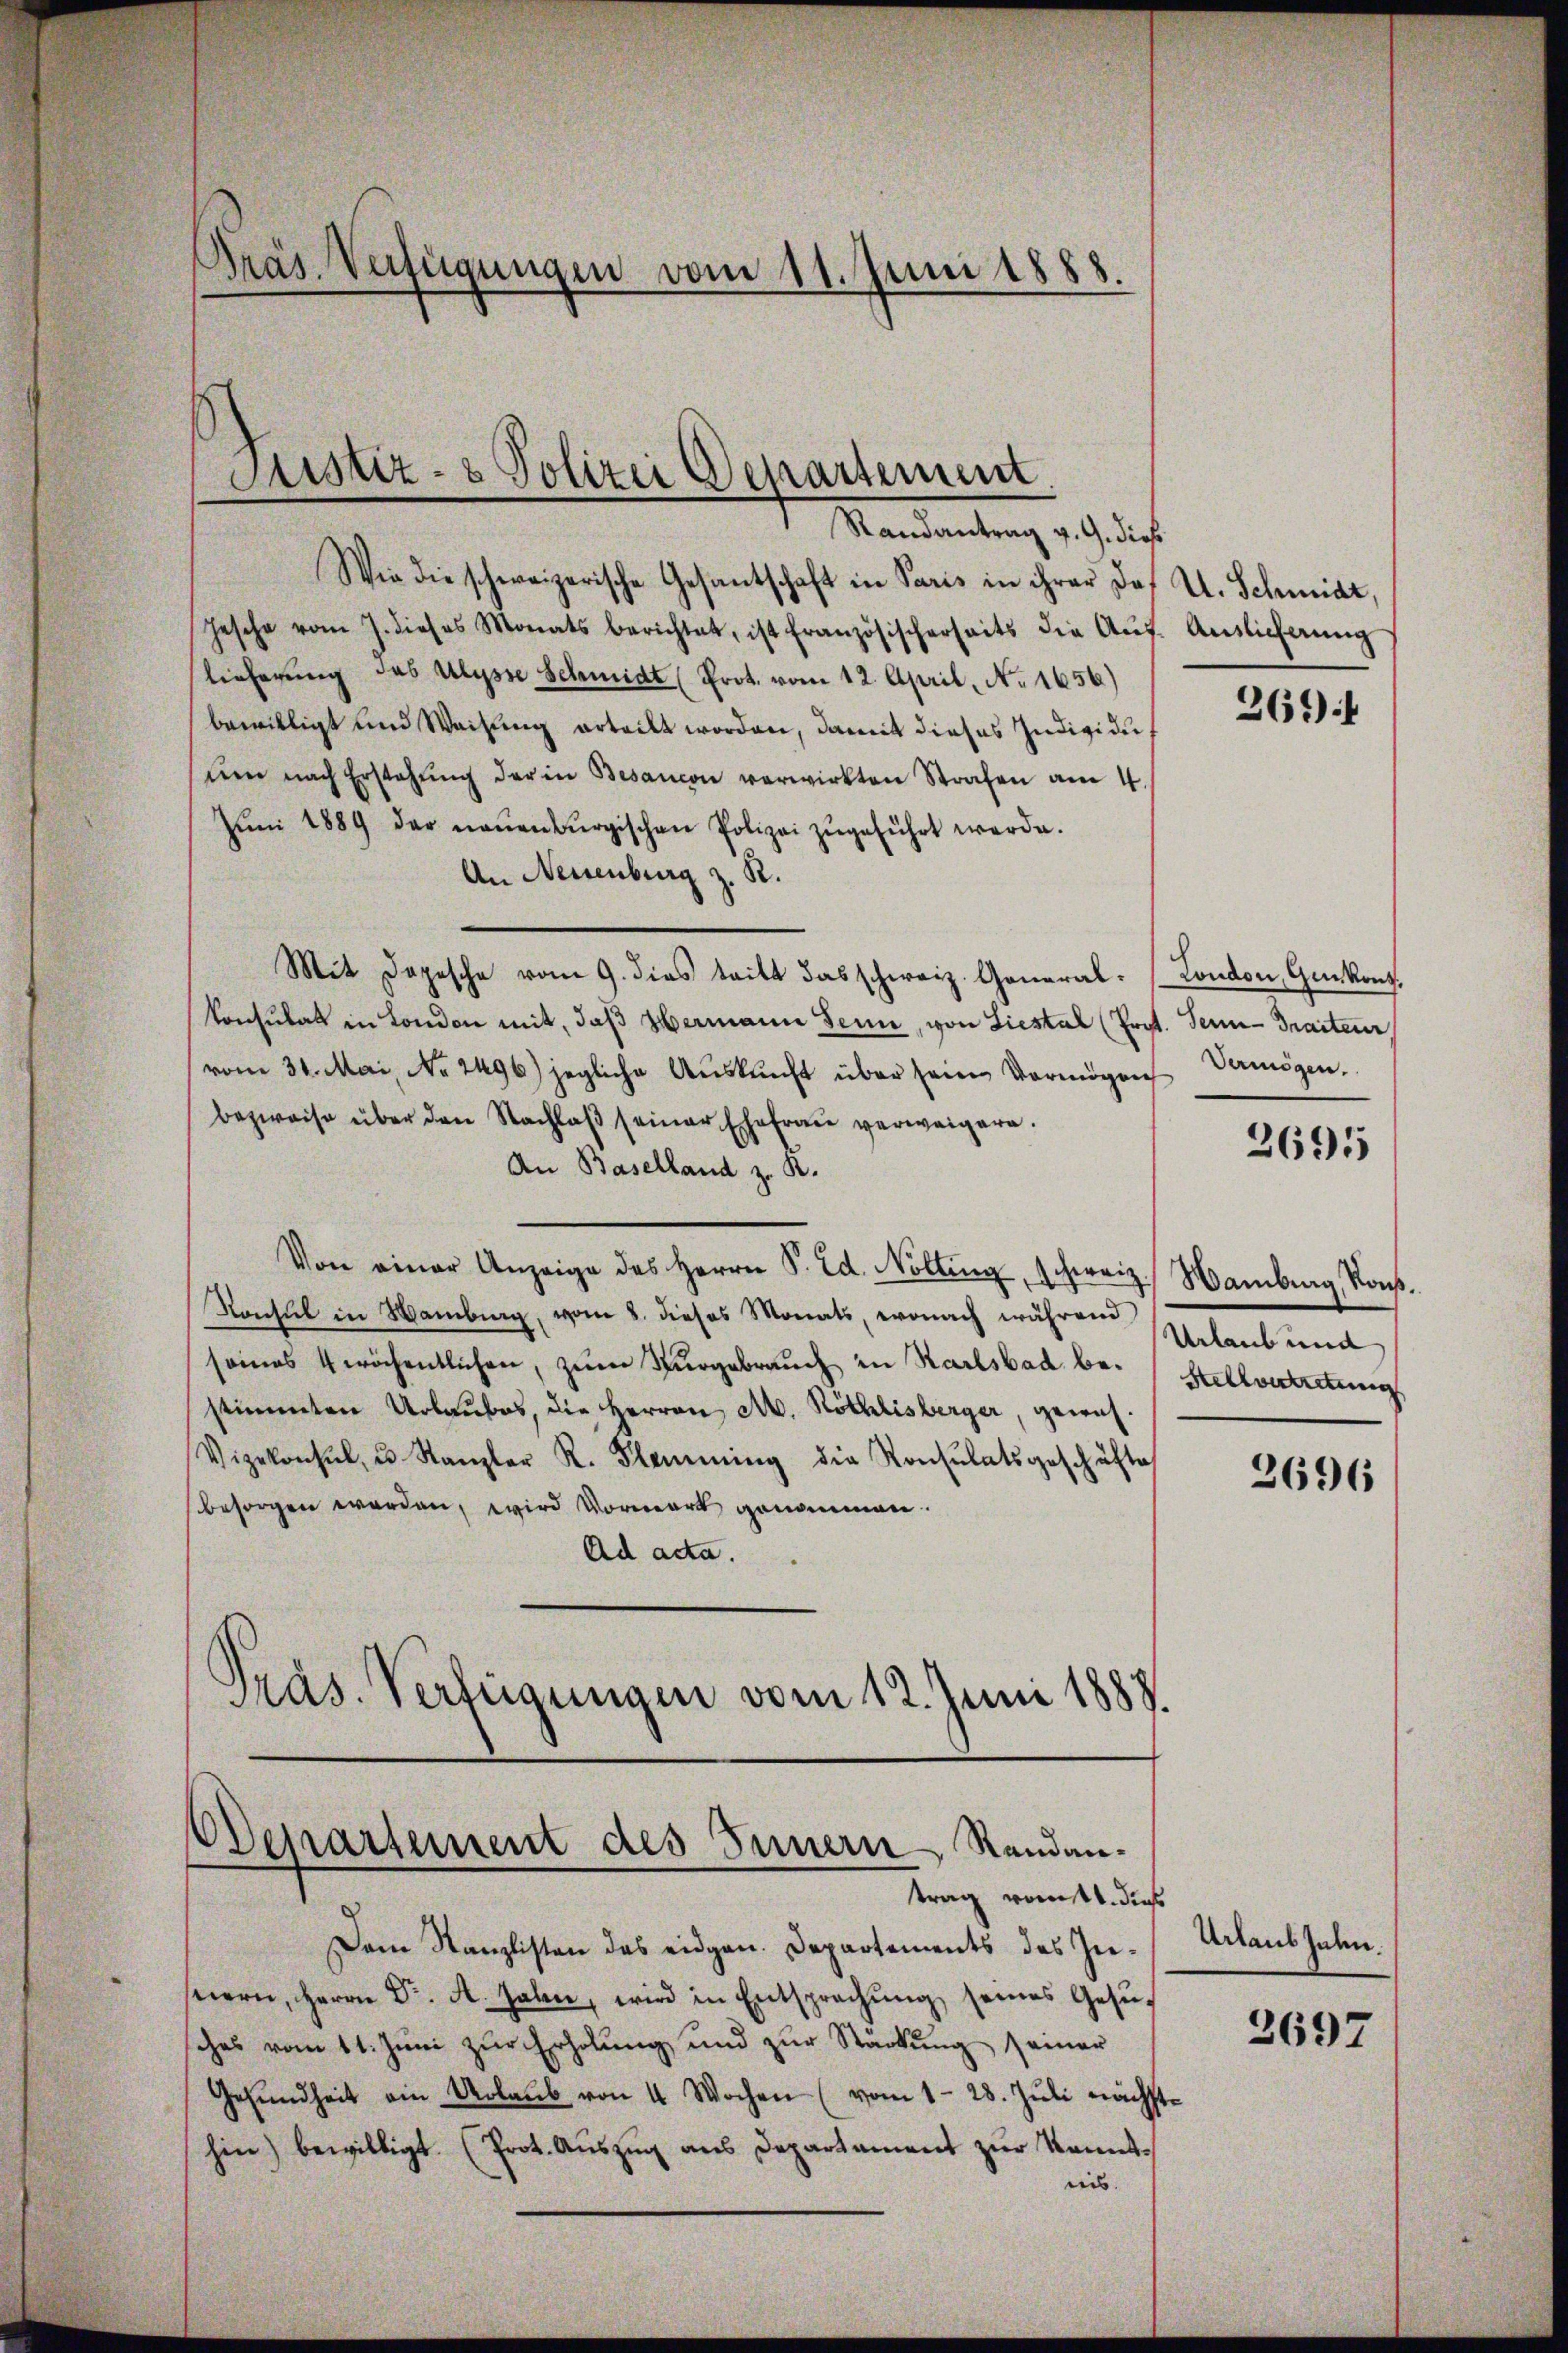
Präs. Verfügungen vom 11. Juni 1888

Justiz- & Polizei Departement.

Randantrag v. 9. diese
Wie die schweizerische Gesantschaft in Paris in ihrer des U. Schmidt,
hesche vom 7. dieses Monats berichtet, ist französischerseits die Aŭf-Anslicherŭng
lieferung des Ulysse Schmidt (Prot. vom 12. April, No 1656)
bewilligt und Weisung erteilt worden, damit dieses Individuŭm nach Erstehŭng der in Besancon verwirkten Strafen am 4.
Jŭni 1889 der neuenburgischen Polizei zŭgeführt werde.
An Neuenburg z. R.
Mit Depesche vom 9. dies tritt das schweiz. General- London, Genkonz.
konsulat in London mit, daß Hermann Senn, von Liestal (Prot. Seine Traiteur,
vom 31. Mai, No 2496) jegliche Aŭskŭnft über sein Vermögen
bezweise über den Nachlaβ seiner Ehefraŭ verweigern.
An Baselland z. R.
Von einer Anzeige des Herrn P. Ed. Nolling, schweiz. Hamburg, Kons.
Konsul in Wambig, vom 8. dieses Monats, wonach während
seines 4 wöchentlichen, zum Kurgebrauch in Karlsbad bestimmten Urlaubes, die Herren A. Röthlisberger, gewis-
Vizekonsul, u. Kanzler R. Flamming die Konsulatsgeschäfte
besorgen werden, wird Vorwort genommen.
Ad acta.
Präs. Verfügungen vom 12. Juni 1888.

Departement des Innern Randantrag romtt. diese

Dem Kanzlisten das eidgen. Departements des Instiern, Herrn Dr. A. haben, wird in Entsprechŭng seines Gesŭ
sches vom 11. Juni zur Erholung und zur Stärkung seiner
Gesŭndheit ein Urlaŭb von 4 Wochen (vom 1. 28. Jŭli nächste
hin) bewilligt. (Prot. Auszug aus Departament zur Kenntnis.

269 f

Vermögen.
2695

Urlaub und
Stellvertretung

2696

Urlaub Jahn.

3697